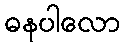
ဓနပါလော